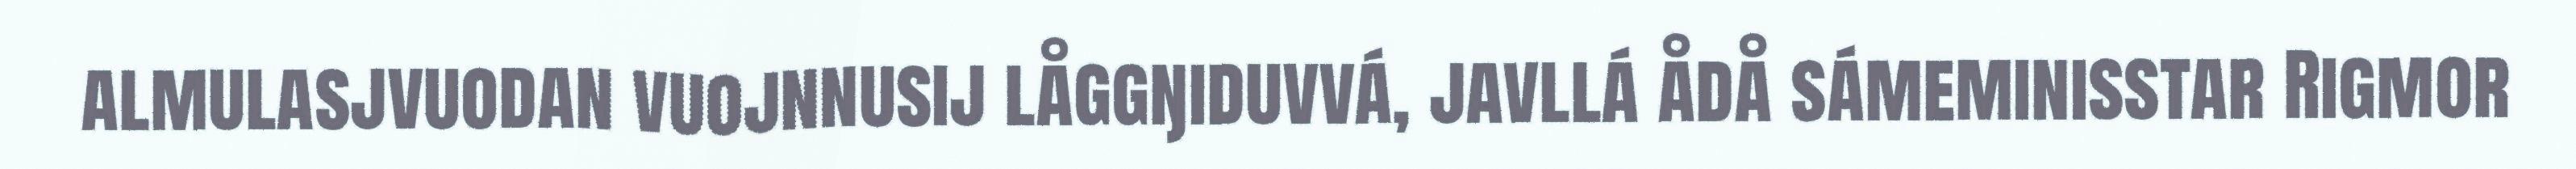
almulasjvuodan vuojnnusij låggŋiduvvá, javllá ådå sámeminisstar Rigmor